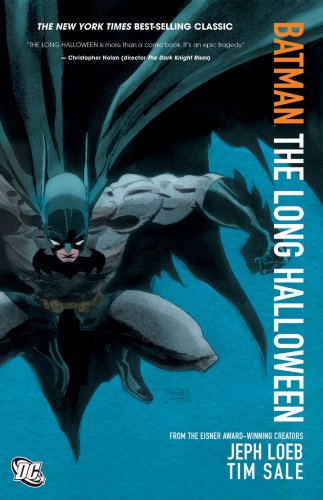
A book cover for Batman: The Long Halloween; Jeph Loeb; Comics & Graphic Novels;